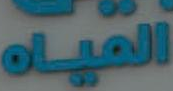
المياه